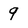
Character: 9